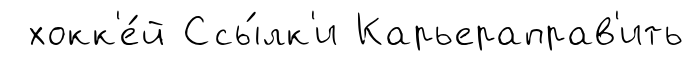
хокк'е́й Ссы́лк'и Карьераправ'ить